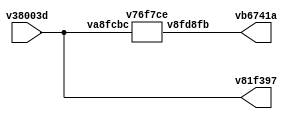
// This program was cloned from: https://github.com/FPGAwars/apio
// License: GNU General Public License v2.0

// Code generated by Icestudio 0.8.1w202112300112

`default_nettype none

//---- Top entity
module main (
 input [1:0] v38003d,
 output [1:0] v81f397,
 output [1:0] vb6741a
);
 wire [0:1] w0;
 wire [0:1] w1;
 wire [0:1] w2;
 assign w0 = v38003d;
 assign v81f397 = w0;
 assign vb6741a = w1;
 assign w2 = v38003d;
 assign w2 = w0;
 v76f7ce v6ccb58 (
  .v8fd8fb(w1),
  .va8fcbc(w2)
 );
endmodule

//---- Top entity
module v76f7ce (
 input [1:0] va8fcbc,
 output [1:0] v8fd8fb
);
 wire [0:1] w0;
 wire [0:1] w1;
 wire w2;
 wire w3;
 wire w4;
 wire w5;
 assign w0 = va8fcbc;
 assign v8fd8fb = w1;
 v0dbcb9 v7d1cb8 (
  .v8b19dd(w0),
  .v3f8943(w2),
  .v64d863(w4)
 );
 v80ac84 v1cc6f4 (
  .v67a3fc(w1),
  .vee8a83(w3),
  .v03aaf0(w5)
 );
 v3676a0 v214cf3 (
  .v0e28cb(w2),
  .vcbab45(w3)
 );
 v3676a0 v8b12b1 (
  .v0e28cb(w4),
  .vcbab45(w5)
 );
endmodule

//---------------------------------------------------
//-- not-x2
//-- - - - - - - - - - - - - - - - - - - - - - - - --
//-- not-x2: 2-bits not gate
//---------------------------------------------------
//---- Top entity
module v0dbcb9 (
 input [1:0] v8b19dd,
 output v3f8943,
 output v64d863
);
 wire w0;
 wire w1;
 wire [0:1] w2;
 assign v3f8943 = w0;
 assign v64d863 = w1;
 assign w2 = v8b19dd;
 v0dbcb9_v9a2a06 v9a2a06 (
  .o1(w0),
  .o0(w1),
  .i(w2)
 );
endmodule

//---------------------------------------------------
//-- Bus2-Split-all
//-- - - - - - - - - - - - - - - - - - - - - - - - --
//-- Bus2-Split-all: Split the 2-bits bus into two wires
//---------------------------------------------------

module v0dbcb9_v9a2a06 (
 input [1:0] i,
 output o1,
 output o0
);
 assign o1 = i[1];
 assign o0 = i[0];
endmodule
//---- Top entity
module v80ac84 (
 input vee8a83,
 input v03aaf0,
 output [1:0] v67a3fc
);
 wire w0;
 wire w1;
 wire [0:1] w2;
 assign w0 = vee8a83;
 assign w1 = v03aaf0;
 assign v67a3fc = w2;
 v80ac84_v9a2a06 v9a2a06 (
  .i1(w0),
  .i0(w1),
  .o(w2)
 );
endmodule

//---------------------------------------------------
//-- Bus2-Join-all
//-- - - - - - - - - - - - - - - - - - - - - - - - --
//-- Bus2-Join-all: Joint two wires into a 2-bits Bus
//---------------------------------------------------

module v80ac84_v9a2a06 (
 input i1,
 input i0,
 output [1:0] o
);
 assign o = {i1, i0};
 
endmodule
//---- Top entity
module v3676a0 (
 input v0e28cb,
 output vcbab45
);
 wire w0;
 wire w1;
 assign w0 = v0e28cb;
 assign vcbab45 = w1;
 v3676a0_vd54ca1 vd54ca1 (
  .a(w0),
  .q(w1)
 );
endmodule

//---------------------------------------------------
//-- NOT
//-- - - - - - - - - - - - - - - - - - - - - - - - --
//-- NOT gate (Verilog implementation)
//---------------------------------------------------

module v3676a0_vd54ca1 (
 input a,
 output q
);
 //-- NOT Gate
 assign q = ~a;
 
 
endmodule